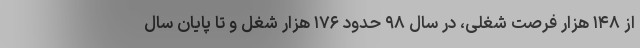
از ۱۴۸ هزار فرصت شغلی، در سال ۹۸ حدود ۱۷۶ هزار شغل و تا پایان سال